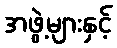
အဖွဲ့များနှင့်